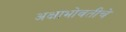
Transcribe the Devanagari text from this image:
अक्षाभोवतीचे